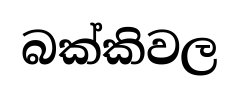
බක්කිවල